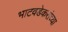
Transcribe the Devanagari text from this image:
भाटवडेकरांच्या